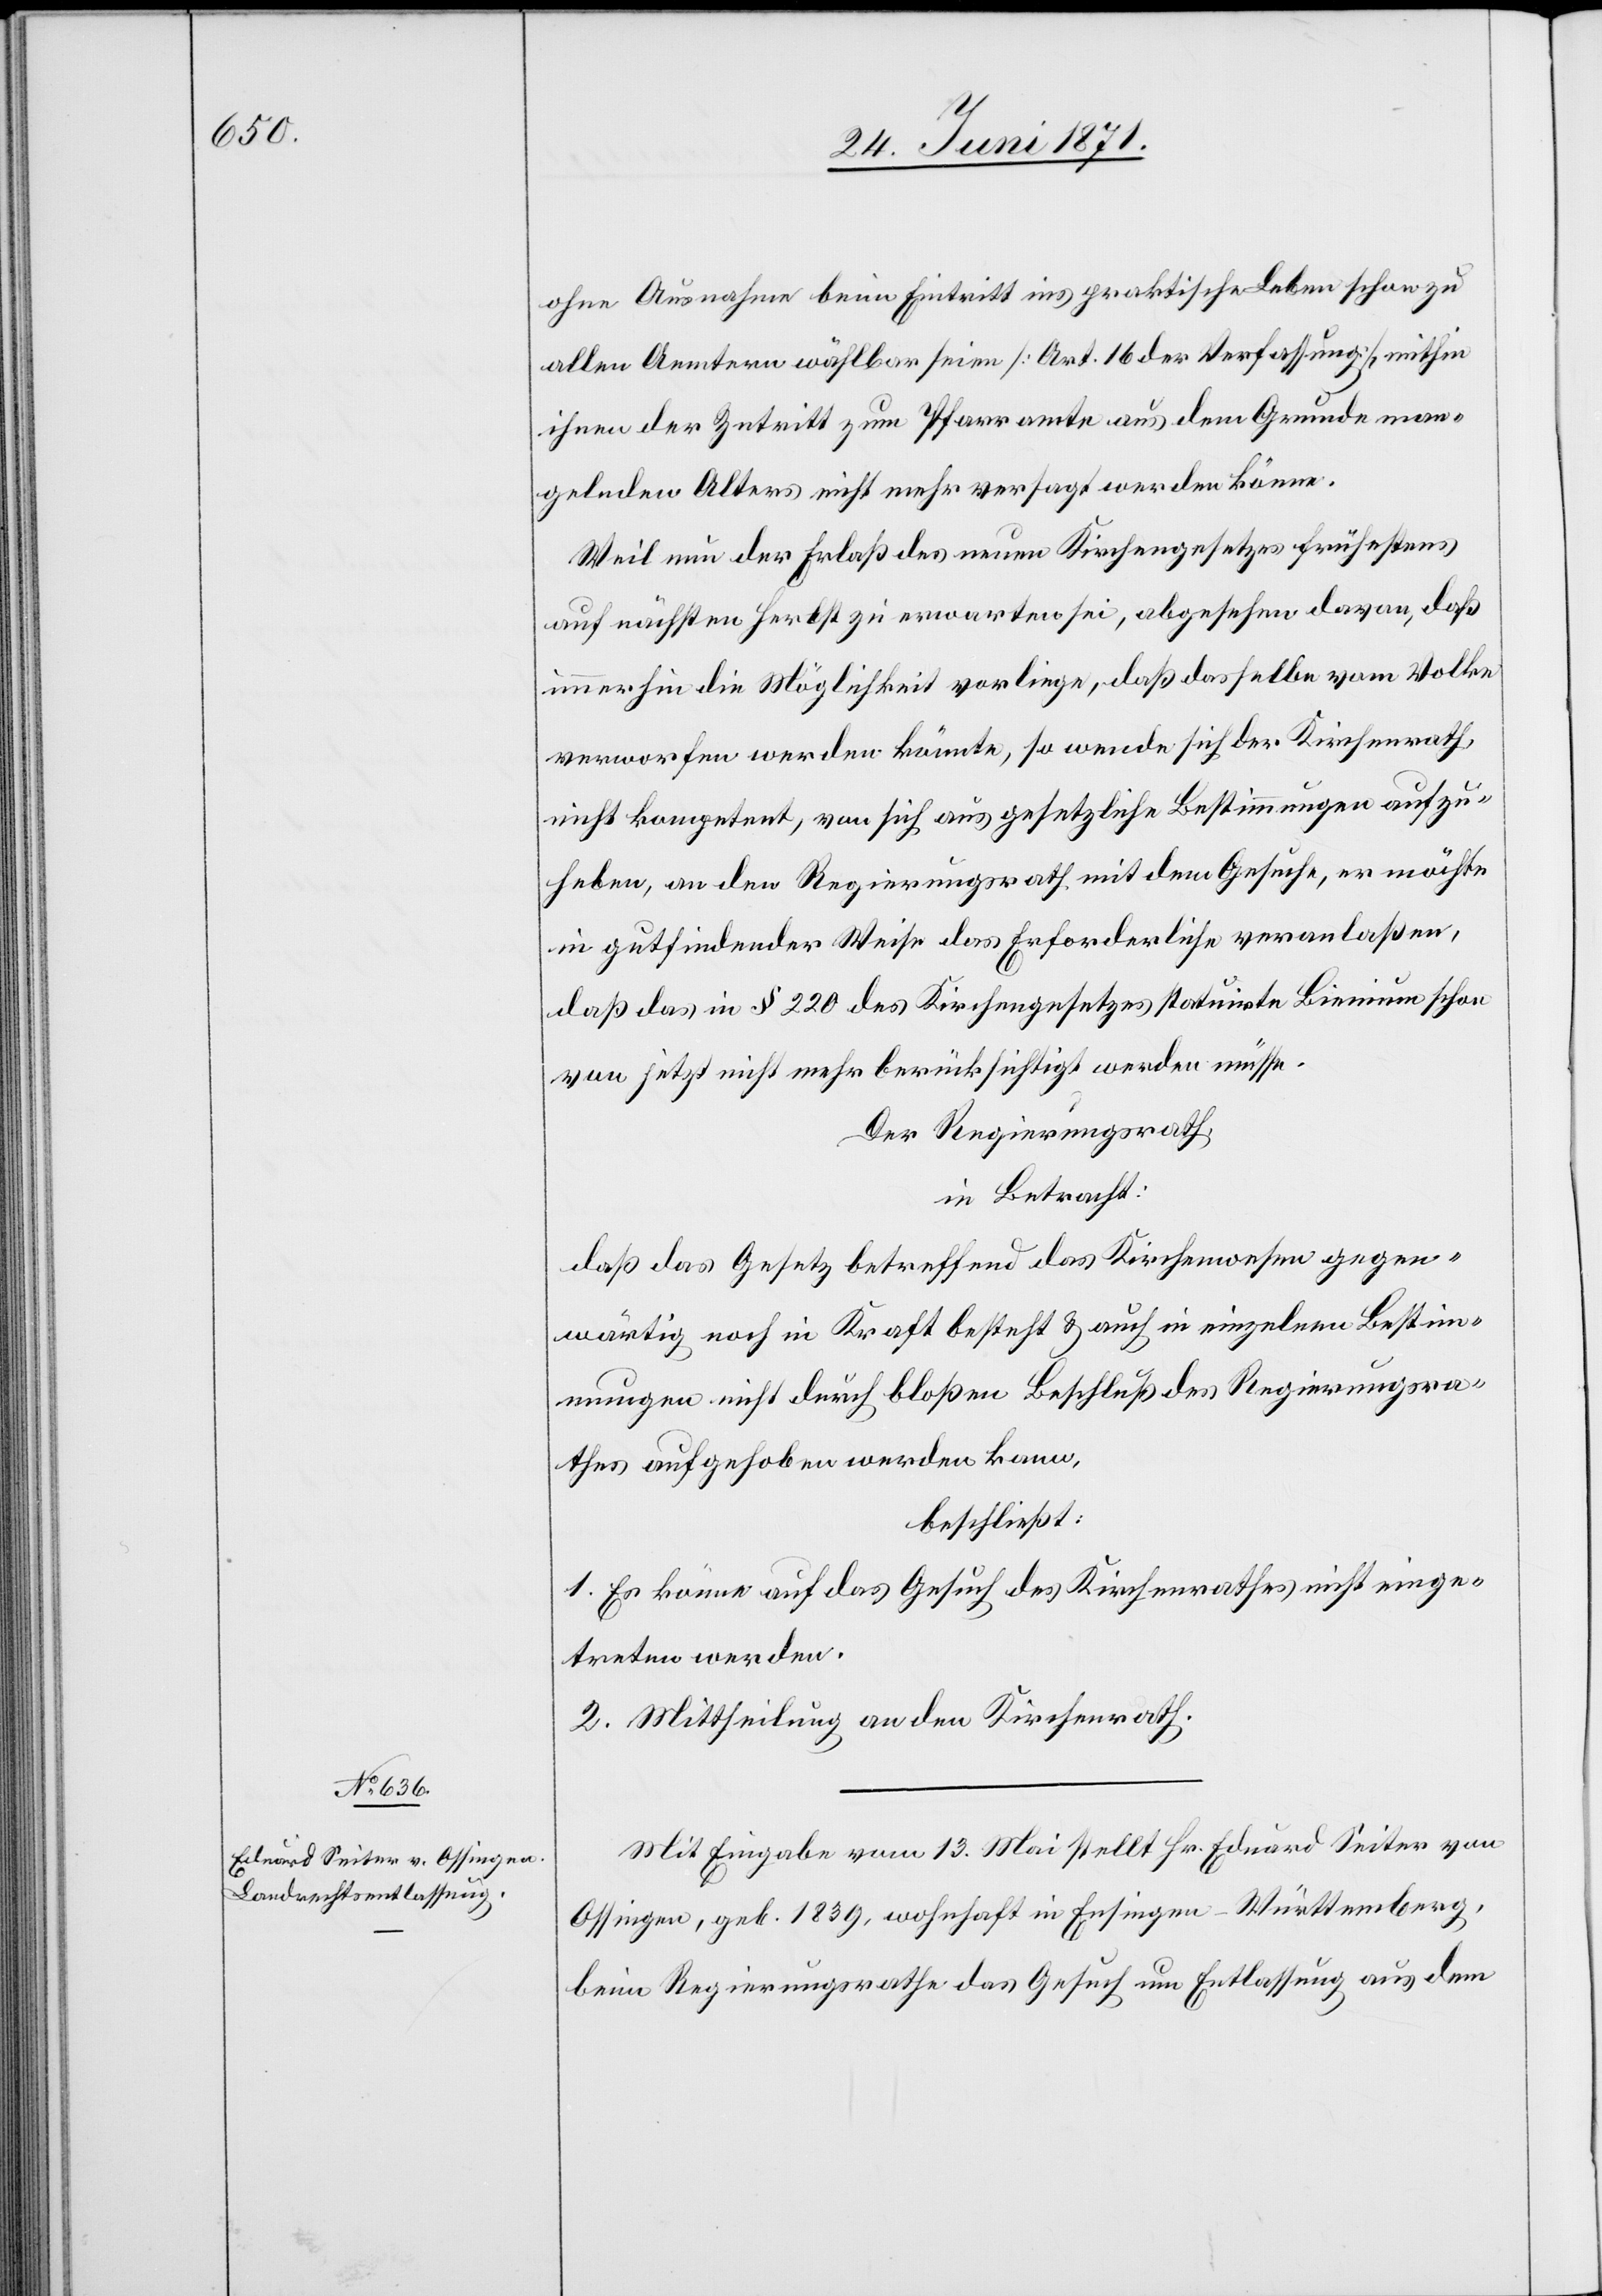
ohne Ausnahme beim Eintritt ins praktische Leben schon zu
allen Aemtern wählbar seien [Art. 16 der Verfassung], mithin
ihnen der Zutritt zum Pfarramte aus dem Grunde man¬
gelnden Alters nicht mehr versagt werden könne.
Weil nun der Erlaß des neuen Kirchengesetzes frühestens
auf nächsten Herbst zu erwarten sei, abgesehen davon, daß
immerhin die Möglichkeit vorliege, daß dasselbe vom Volke
verworfen werden könnte, so wende sich der Kirchenrath,
nicht kompetent, von sich aus gesetzliche Bestimmungen aufzu¬
heben, an den Regierungsrath mit dem Gesuche, er möchte
in gutfindender Weise das Erforderliche veranlaßen,
daß das in § 220 des Kirchengesetzes statuirte Bienium schon
von jetzt nicht mehr berücksichtigt werden müsse.
Der Regierungsrath,
in Betracht:
daß das Gesetz betreffend das Kirchenwesen gegen¬
wärtig noch in Kraft besteht u. auch in einzelnen Bestim¬
mungen nicht durch bloßen Beschluß des Regierungsra¬
thes aufgehoben werden kann,
beschließt:
1. Es könne auf das Gesuch des Kirchenrathes nicht einge¬
treten werden.
2. Mittheilung an den Kirchenrath.
Mit Eingabe vom 13. Mai stellt Hr. Eduard Seiter von
Ossingen, geb. 1839, wohnhaft in Ensingen-Württemberg,
beim Regierungsrathe das Gesuch um Entlassung aus dem